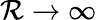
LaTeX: \mathcal{R}\to\infty